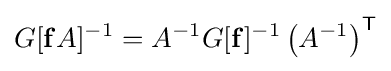
G[\mathbf {f} A]^{-1}=A^{-1}G[\mathbf {f} ]^{-1}\left(A^{-1}\right)^{\mathsf {T}}